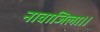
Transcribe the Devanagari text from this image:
नावाजिला।।